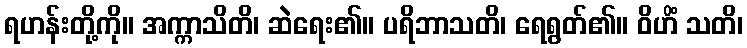
ရဟန်းတို့ကို။ အက္ကာသိတိ၊ ဆဲရေး၏။ ပရိဘာသတိ၊ ရေရွတ်၏။ ဝိဟိံ သတိ၊